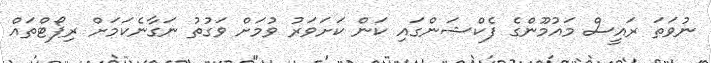
ނުވަތަ ރައީސް މައުމޫންގެ ފެކްޝަންގައި ކަން ކަށަވަރު ވުމަށް ވަގުތު ނަގާނެކަމަށް ރިޕޯޓްތައް